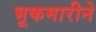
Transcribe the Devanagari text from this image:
भूकमारीने